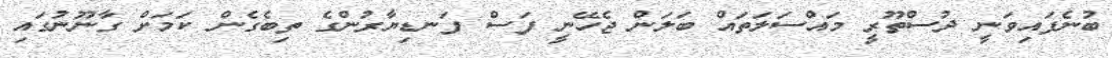
ބުނެފައިވަނީ ދުސްތޫރީ މައްސަލަތައް ބަލަން ޖެހޭނީ ފަސް ފަނޑިޔާރުންގެ ތިބެގެން ކަމަށް ގާނޫނުގައި